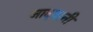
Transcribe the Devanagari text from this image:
जादवानी